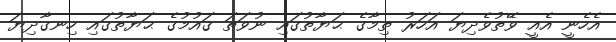
އެހެނީ އެއީ ވޭތުވެދިޔަ އަހަރު ތިމާގެ ޙަޔާތުގައި ނުވަތަ ޤައުމުގެ ޙަޔާތުގައި ހިނގާދިޔަ